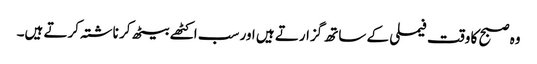
وہ صبح کا وقت فیملی کے ساتھ گزارتے ہیں اور سب اکٹھے بیٹھ کر ناشتہ کرتے ہیں۔